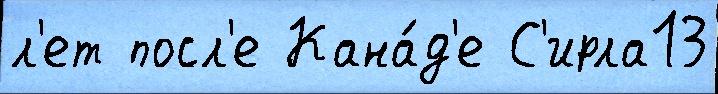
л'ет посл'е Кана́д'е С'ирла13